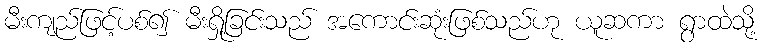
မီးကျည်ဖြင့်ပစ်၍ မီးရှို့ခြင်းသည် အကောင်းဆုံးဖြစ်သည်ဟု ယူဆကာ ရွာထဲသို့